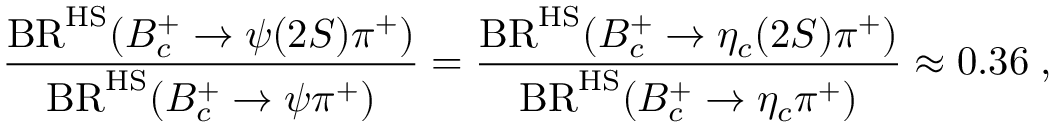
\frac { \mathrm { B R } ^ { \mathrm { H S } } ( B _ { c } ^ { + } \to \psi ( 2 S ) \pi ^ { + } ) } { \mathrm { B R } ^ { \mathrm { H S } } ( B _ { c } ^ { + } \to \psi \pi ^ { + } ) } = \frac { \mathrm { B R } ^ { \mathrm { H S } } ( B _ { c } ^ { + } \to \eta _ { c } ( 2 S ) \pi ^ { + } ) } { \mathrm { B R } ^ { \mathrm { H S } } ( B _ { c } ^ { + } \to \eta _ { c } \pi ^ { + } ) } \approx 0 . 3 6 \; ,